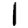
Digit: 1